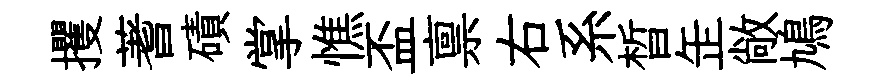
攫蓍磧掌憔盃禀右系晳𦈢敞鳩